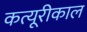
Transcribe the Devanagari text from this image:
कत्यूरीकाल